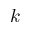
k